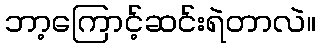
ဘာ့ကြောင့်ဆင်းရဲတာလဲ။